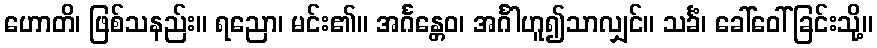
ဟောတိ၊ ဖြစ်သနည်း။ ရညော၊ မင်း၏။ အင်္ဂန္တေဝ၊ အင်္ဂါဟူ၍သာလျှင်။ သင်္ခံ၊ ခေါ်ဝေါ်ခြင်းသို့။